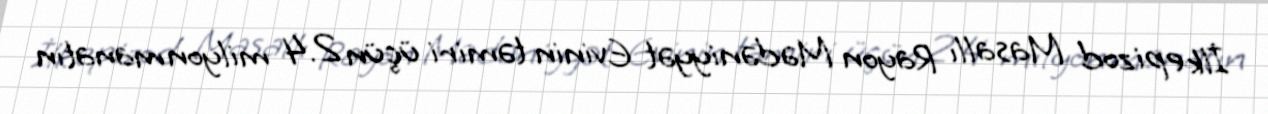
İlk epizod Masallı Rayon Mədəniyyət Evinin təmiri üçün 2.4 milyon manatın